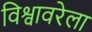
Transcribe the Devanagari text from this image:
विश्वावरेला